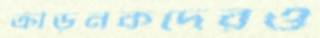
ক্রীড়নকদেরও